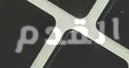
القدم